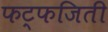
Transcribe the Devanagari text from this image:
फट्फजिती